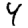
Digit: 4